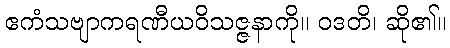
ဧကံသဗျာကရဏီယဝိသဇ္ဇနာကို။ ဝဒတိ၊ ဆို၏။